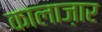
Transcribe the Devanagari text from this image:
कालाज़ार